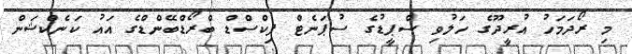
މި ރޯދަމަހު އުރީދޫގެ ހަލުވި ސްޕީޑުގެ ސުޕަނެޓް ފިކްސްޑް ބްރޯޑްބޭންޑްގެ އައު ކަނެކްޝަން